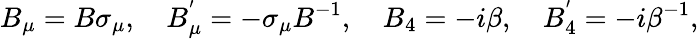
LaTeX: B_{\mu}=B\sigma_{\mu},~~~~B_{\mu}^{'}=-\sigma_{\mu}B^{-1},~~~~B_{4}=-i\beta,~~~~B_{4}^{'}=-i\beta^{-1},